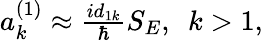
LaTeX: \begin{array}{r}{a_{k}^{(1)}\approx\frac{id_{1k}}{\hbar}S_{E},\ \ k>1,}\end{array}